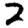
Digit: 2